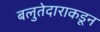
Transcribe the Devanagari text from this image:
बलुतेदाराकडून